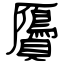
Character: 贗